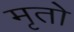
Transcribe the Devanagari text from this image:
मृतो